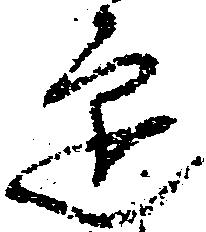
迎